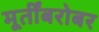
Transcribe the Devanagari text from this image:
मूर्तींबरोबर